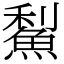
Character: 䱘